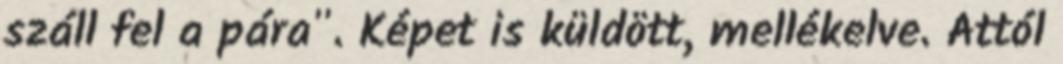
száll fel a pára". Képet is küldött, mellékelve. Attól